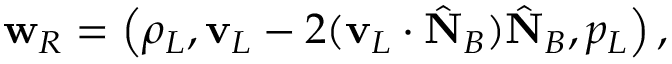
\begin{array} { r } { { \bf w } _ { R } = \left( \rho _ { L } , { \bf v } _ { L } - 2 ( { \bf v } _ { L } \cdot \hat { \bf N } _ { B } ) \hat { \bf N } _ { B } , p _ { L } \right) , } \end{array}